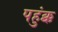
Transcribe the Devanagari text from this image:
पहुंक्क